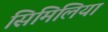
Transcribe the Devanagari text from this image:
सिमिलिया